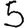
Digit: 5